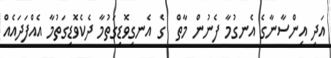
އަދި އިންސާނާގެ އެނގުމާ ފެނުން މާތް  ގެ އެނގިވޮޑިގަތުމާ ދެކެވޮޑިގަތުމާ އެއްފަދައެއް